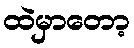
ထဲမှာတော့